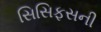
સિસિફસની